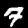
Digit: 7